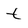
Character: t